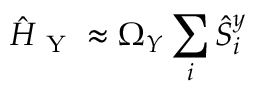
\hat { H } _ { \mathrm { ~ Y ~ } } \approx \Omega _ { Y } \sum _ { i } \hat { S } _ { i } ^ { y }